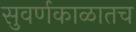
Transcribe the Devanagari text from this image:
सुवर्णकाळातच